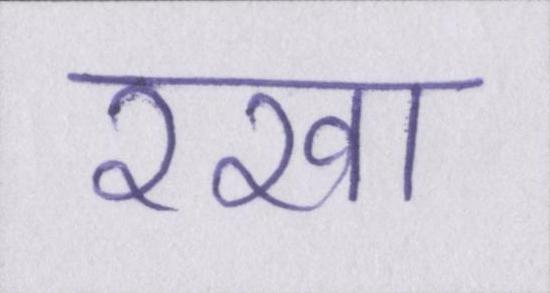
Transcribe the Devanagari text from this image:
रखा